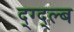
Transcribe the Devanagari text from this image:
द्ग्द्ल्ब